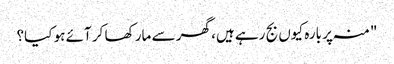
"منہ پر بارہ کیوں بج رہے ہیں، گھر سے مار کھا کر آئے ہو کیا؟